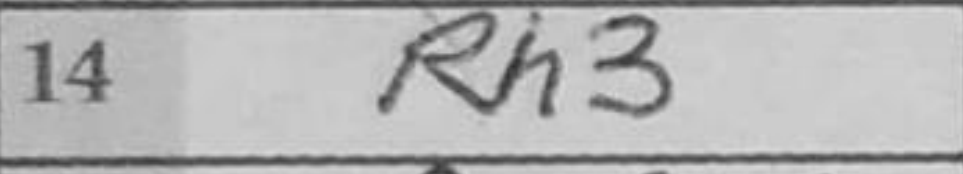
Transcription: Rh3